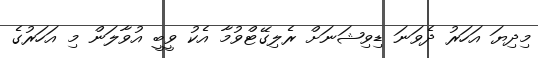
މިދިޔަ އަހަރު ދެވަނަ ޑިވިޝަނަށް ރެލިގޭޓްވުމާ އެކު ވީބީ އުވާލަން މި އަހަރުގެ